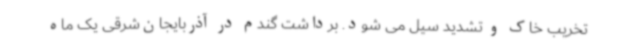
تخریب خاک و تشدید سیل می شود. برداشت گندم در آذربایجان‌شرقی یک ماه